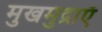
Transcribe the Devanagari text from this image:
मुखमुद्राएँ